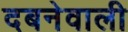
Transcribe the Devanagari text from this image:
दबनेवाली